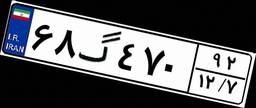
۵۸گ۳۰۳۱۸